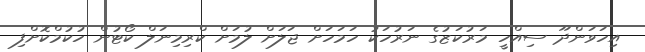
އިހަވަންދޫ ސިއްހީ މަރުކަޒުގެ ނަރުހަކު ހަމަހަށް ޖަލަށް ލުމަށް ކްރިމިނަލް ކޯޓުން ހުކުމްކޮށްފި